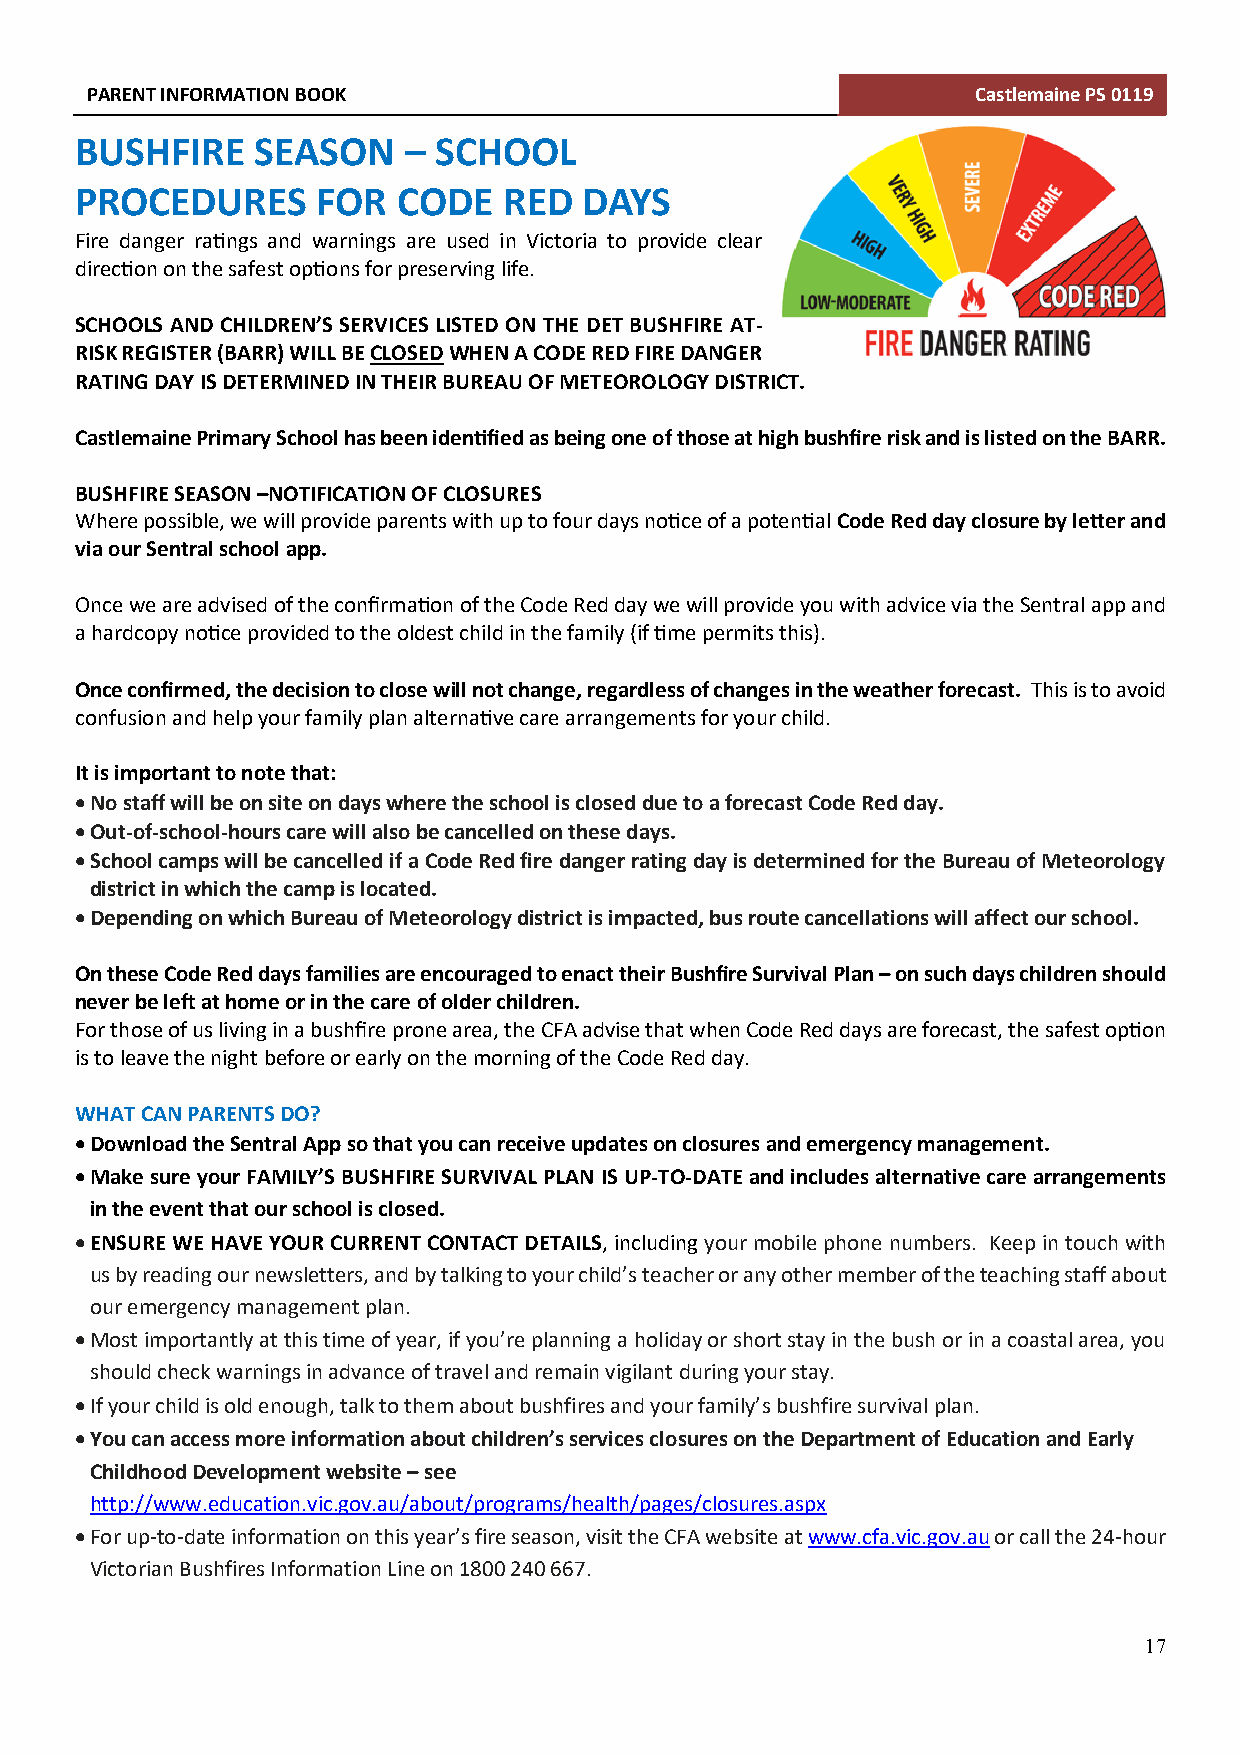
PARENT INFORMATION BOOK                                    Castlemaine PS 0119
 BUSHFIRE    SEASON    – SCHOOL
 PROCEDURES      FOR  CODE   RED   DAYS
 Fire danger ratings and warnings are used in Victoria to provide clear
 direction on the safest options for preserving life.
 SCHOOLS AND CHILDREN’S SERVICES LISTED ON THE DET BUSHFIRE AT-
 RISK REGISTER (BARR) WILL BE CLOSED WHEN A CODE RED FIRE DANGER
 RATING DAY IS DETERMINED IN THEIR BUREAU OF METEOROLOGY DISTRICT.
 Castlemaine Primary School has been identified as being one of those at high bushfire risk and is listed on the BARR.
 BUSHFIRE SEASON –NOTIFICATION OF CLOSURES
 Where possible, we will provide parents with up to four days notice of a potential Code Red day closure by letter and
 via our Sentral school app.
 Once we are advised of the confirmation of the Code Red day we will provide you with advice via the Sentral app and
 a hardcopy notice provided to the oldest child in the family (if time permits this).
 Once confirmed, the decision to close will not change, regardless of changes in the weather forecast. This is to avoid
 confusion and help your family plan alternative care arrangements for your child.
 It is important to note that:
 • No staff will be on site on days where the school is closed due to a forecast Code Red day.
 • Out-of-school-hours care will also be cancelled on these days.
 • School camps will be cancelled if a Code Red fire danger rating day is determined for the Bureau of Meteorology
 district in which the camp is located.
 • Depending on which Bureau of Meteorology district is impacted, bus route cancellations will affect our school.
 On these Code Red days families are encouraged to enact their Bushfire Survival Plan – on such days children should
 never be left at home or in the care of older children.
 For those of us living in a bushfire prone area, the CFA advise that when Code Red days are forecast, the safest option
 is to leave the night before or early on the morning of the Code Red day.
 WHAT CAN PARENTS DO?
 • Download the Sentral App so that you can receive updates on closures and emergency management.
 • Make sure your FAMILY’S BUSHFIRE SURVIVAL PLAN IS UP-TO-DATE and includes alternative care arrangements
 in the event that our school is closed.
 • ENSURE WE HAVE YOUR CURRENT CONTACT DETAILS, including your mobile phone numbers. Keep in touch with
 us by reading our newsletters, and by talking to your child’s teacher or any other member of the teaching staff about
 our emergency management plan.
 • Most importantly at this time of year, if you’re planning a holiday or short stay in the bush or in a coastal area, you
 should check warnings in advance of travel and remain vigilant during your stay.
 • If your child is old enough, talk to them about bushfires and your family’s bushfire survival plan.
 • You can access more information about children’s services closures on the Department of Education and Early
 Childhood Development website – see
 http://www.education.vic.gov.au/about/programs/health/pages/closures.aspx
 • For up-to-date information on this year’s fire season, visit the CFA website at www.cfa.vic.gov.au or call the 24-hour
 Victorian Bushfires Information Line on 1800 240 667.
 17